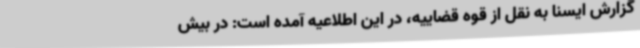
گزارش ایسنا به نقل از قوه قضاییه، در این اطلاعیه آمده است: در بیش